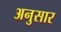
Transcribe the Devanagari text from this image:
अनुसार